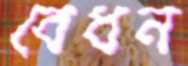
বেধন